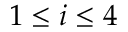
1 \leq i \leq 4